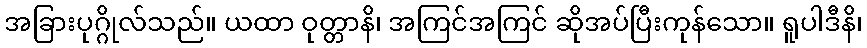
အခြားပုဂ္ဂိုလ်သည်။ ယထာ ဝုတ္တာနိ၊ အကြင်အကြင် ဆိုအပ်ပြီးကုန်သော။ ရူပါဒီနိ၊